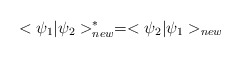
\begin{align*}<\psi_1|\psi_2>^*_{new}=<\psi_2|\psi_1>_{new}\end{align*}